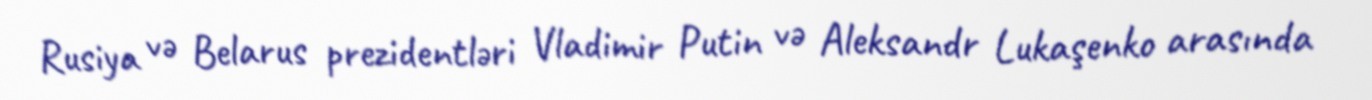
Rusiya və Belarus prezidentləri Vladimir Putin və Aleksandr Lukaşenko arasında